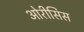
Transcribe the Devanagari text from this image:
ओरीसिस